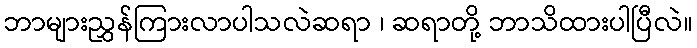
ဘာများညွှန်ကြားလာပါသလဲဆရာ ၊ ဆရာတို့ ဘာသိထားပါပြီလဲ။